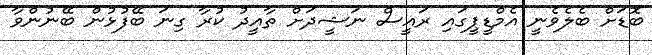
ބޮޑަށް ބެލެވެނީ އެމްޑީޕީގައި ރައީސް ނަޝީދަށް ތާއީދު ކުރާ ގިނަ ބޭފުޅުން ބޭނުންވާ